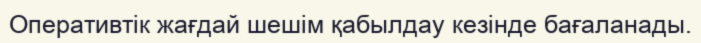
Оперативтік жағдай шешім қабылдау кезінде бағаланады.